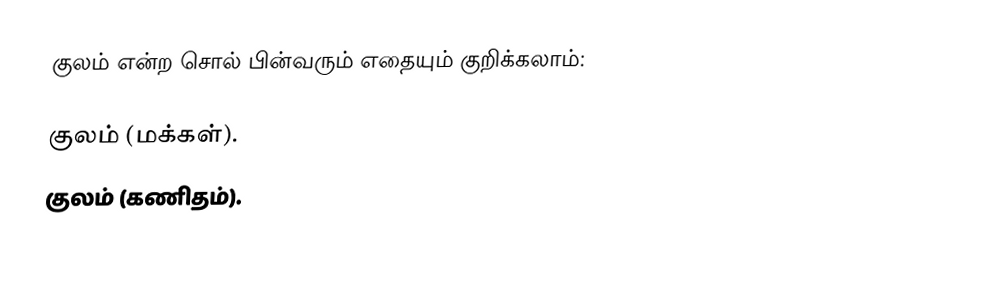
குலம் என்ற சொல் பின்வரும் எதையும் குறிக்கலாம்:

 குலம் (மக்கள்).
 குலம் (கணிதம்).